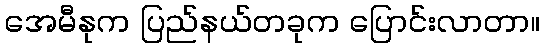
အေမီနုက ပြည်နယ်တခုက ပြောင်းလာတာ။